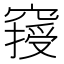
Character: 𥧿